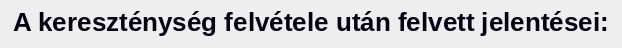
A kereszténység felvétele után felvett jelentései: